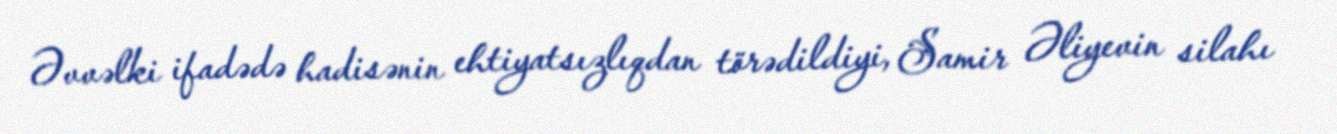
Əvvəlki ifadədə hadisənin ehtiyatsızlıqdan törədildiyi, Samir Əliyevin silahı